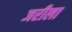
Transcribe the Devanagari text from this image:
जरीला